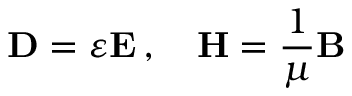
\mathbf { D } = \varepsilon \mathbf { E } \, , \quad \mathbf { H } = { \frac { 1 } { \mu } } \mathbf { B }